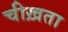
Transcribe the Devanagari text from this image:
चीख़ता